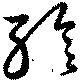
殄